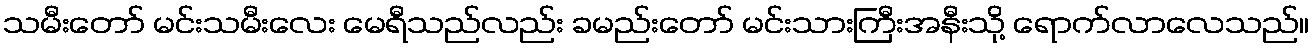
သမီးတော် မင်းသမီးလေး မေရီသည်လည်း ခမည်းတော် မင်းသားကြီးအနီးသို့ ရောက်လာလေသည်။